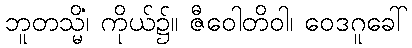
ဘူတသ္မိံ၊ ကိုယ်၌။ ဇီဝေါတိဝါ၊ ဝေဒဂူခေါ်